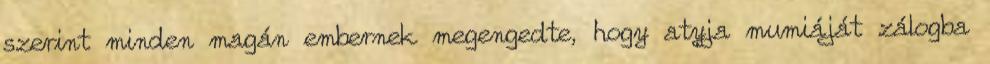
szerint minden magán embernek megengedte, hogy atyja mumiáját zálogba